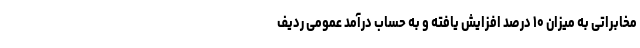
مخابراتی به میزان ۱۰ درصد افزایش یافته و به حساب درآمد عمومی ردیف